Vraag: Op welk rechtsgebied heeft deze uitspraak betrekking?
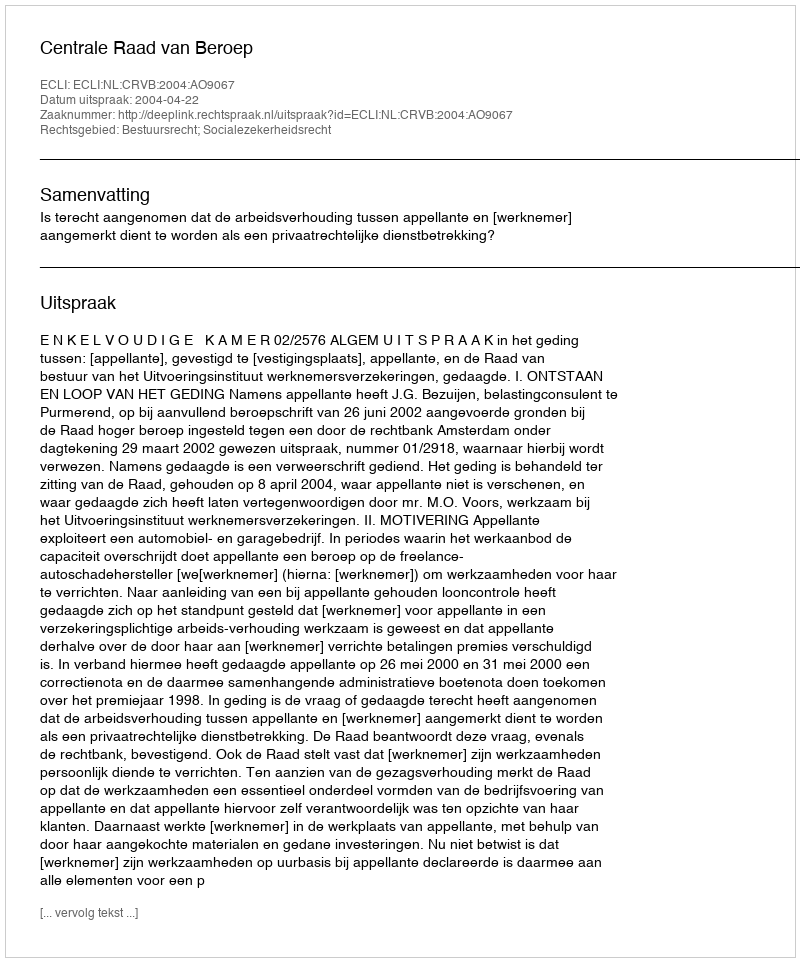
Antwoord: Bestuursrecht; Socialezekerheidsrecht